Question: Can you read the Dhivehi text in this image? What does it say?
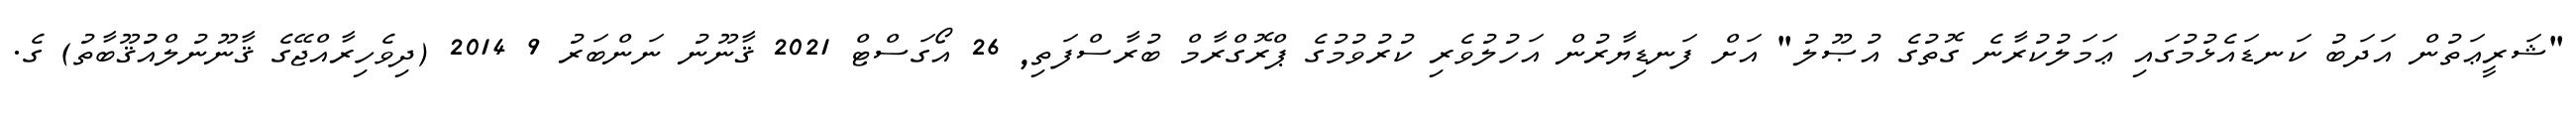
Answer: "ޝަރީޢަތުން އަދަބު ކަނޑައެޅުމުގައި ޢަމަލުކުރާނެ ގޮތުގެ އުޞޫލު" އަށް ފަނޑިޔާރުން އަހުލުވެރި ކުރުވުމުގެ ޕްރޮގްރާމް ބުރާސްފަތި, 26 އޯގަސްޓް 2021 ޤާނޫނު ނަންބަރު 9 2014 (ދިވެހިރާއްޖޭގެ ޤާނޫނުލްއުުޤޫބާތު) ގެ.